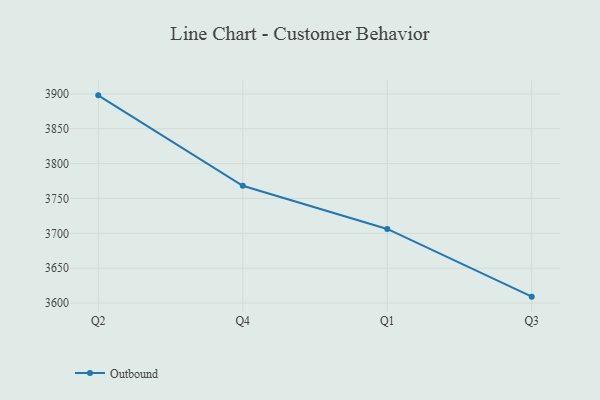
{"axis": {"x": "Quarter", "y": "Backlog"}, "legend": ["Outbound"], "data": [{"x": "Q2", "y": 3897.8, "type": "Outbound"}, {"x": "Q4", "y": 3768.1, "type": "Outbound"}, {"x": "Q1", "y": 3706.3, "type": "Outbound"}, {"x": "Q3", "y": 3609.2, "type": "Outbound"}]}